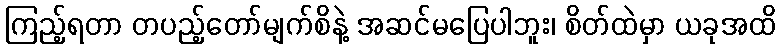
ကြည့်ရတာ တပည့်တော်မျက်စိနဲ့ အဆင်မပြေပါဘူး၊ စိတ်ထဲမှာ ယခုအထိ